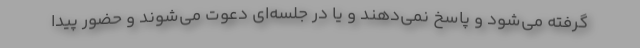
گرفته می‌شود و پاسخ نمی‌دهند و یا در جلسه‌ای دعوت می‌شوند و حضور پیدا